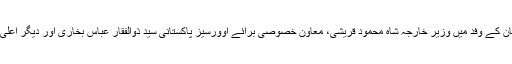
وزیر اعظم عمران خان کے وفد میں وزیر خارجہ شاہ محمود قریشی، معاون خصوصی برائے اوورسیز پاکستانی سید ذوالفقار عباس بخاری اور دیگر اعلیٰ حکام بھی شامل ہیں۔